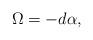
\begin{align*}\Omega = -d \alpha,\end{align*}